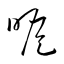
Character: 瞻